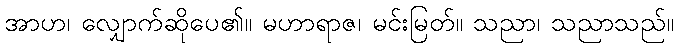
အာဟ၊ လျှောက်ဆိုပေ၏။ မဟာရာဇ၊ မင်းမြတ်။ သညာ၊ သညာသည်။